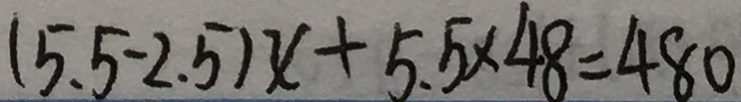
( 5 . 5 - 2 . 5 ) x + 5 . 5 \times 4 8 = 4 8 0